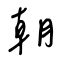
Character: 朝